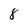
Character: 8